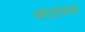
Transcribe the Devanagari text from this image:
लपेटनेवाले